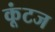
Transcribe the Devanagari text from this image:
कूंटज